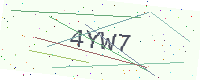
Text: 4YW7